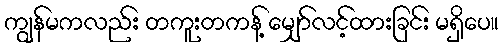
ကျွန်မကလည်း တကူးတကန့် မျှော်လင့်ထားခြင်း မရှိပေ။